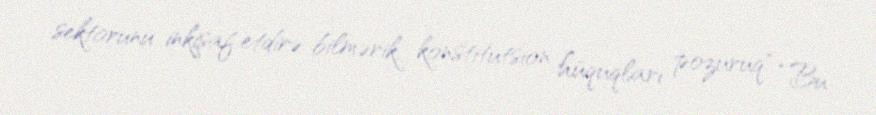
sektorunu inkişaf etdirə bilmərik, konstitutsion hüquqları pozuruq" “Bu